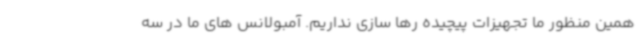
همین منظور ما تجهیزات پیچیده رها سازی نداریم. آمبولانس های ما در سه